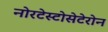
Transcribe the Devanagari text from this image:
नोरटेस्टोसेटेरोन